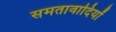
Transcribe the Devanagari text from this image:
समतावादियों